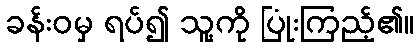
ခန်းဝမှ ရပ်၍ သူ့ကို ပြုံးကြည့်၏။